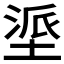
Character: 𫮏